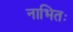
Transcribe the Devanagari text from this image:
नाभितः